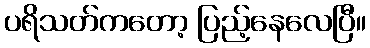
ပရိသတ်ကတော့ ပြည့်နေလေပြီ။